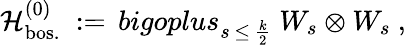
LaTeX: {\mathcal H}_{\mathrm{bos.}}^{(0)}\ :=\, bigoplus_{s\, \leq\, \frac k2}\ W_{s}\otimes W_{s}\ ,